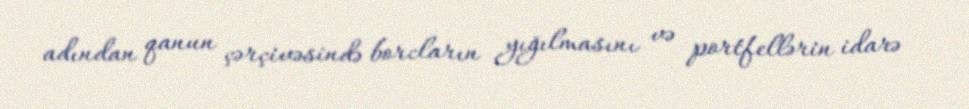
adından qanun çərçivəsində borcların yığılmasını və portfellərin idarə